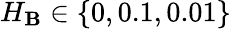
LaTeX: H_{\mathbf{B}}\in\{ 0,0.1,0.01\}